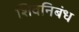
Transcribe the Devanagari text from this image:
शिवनिबंध